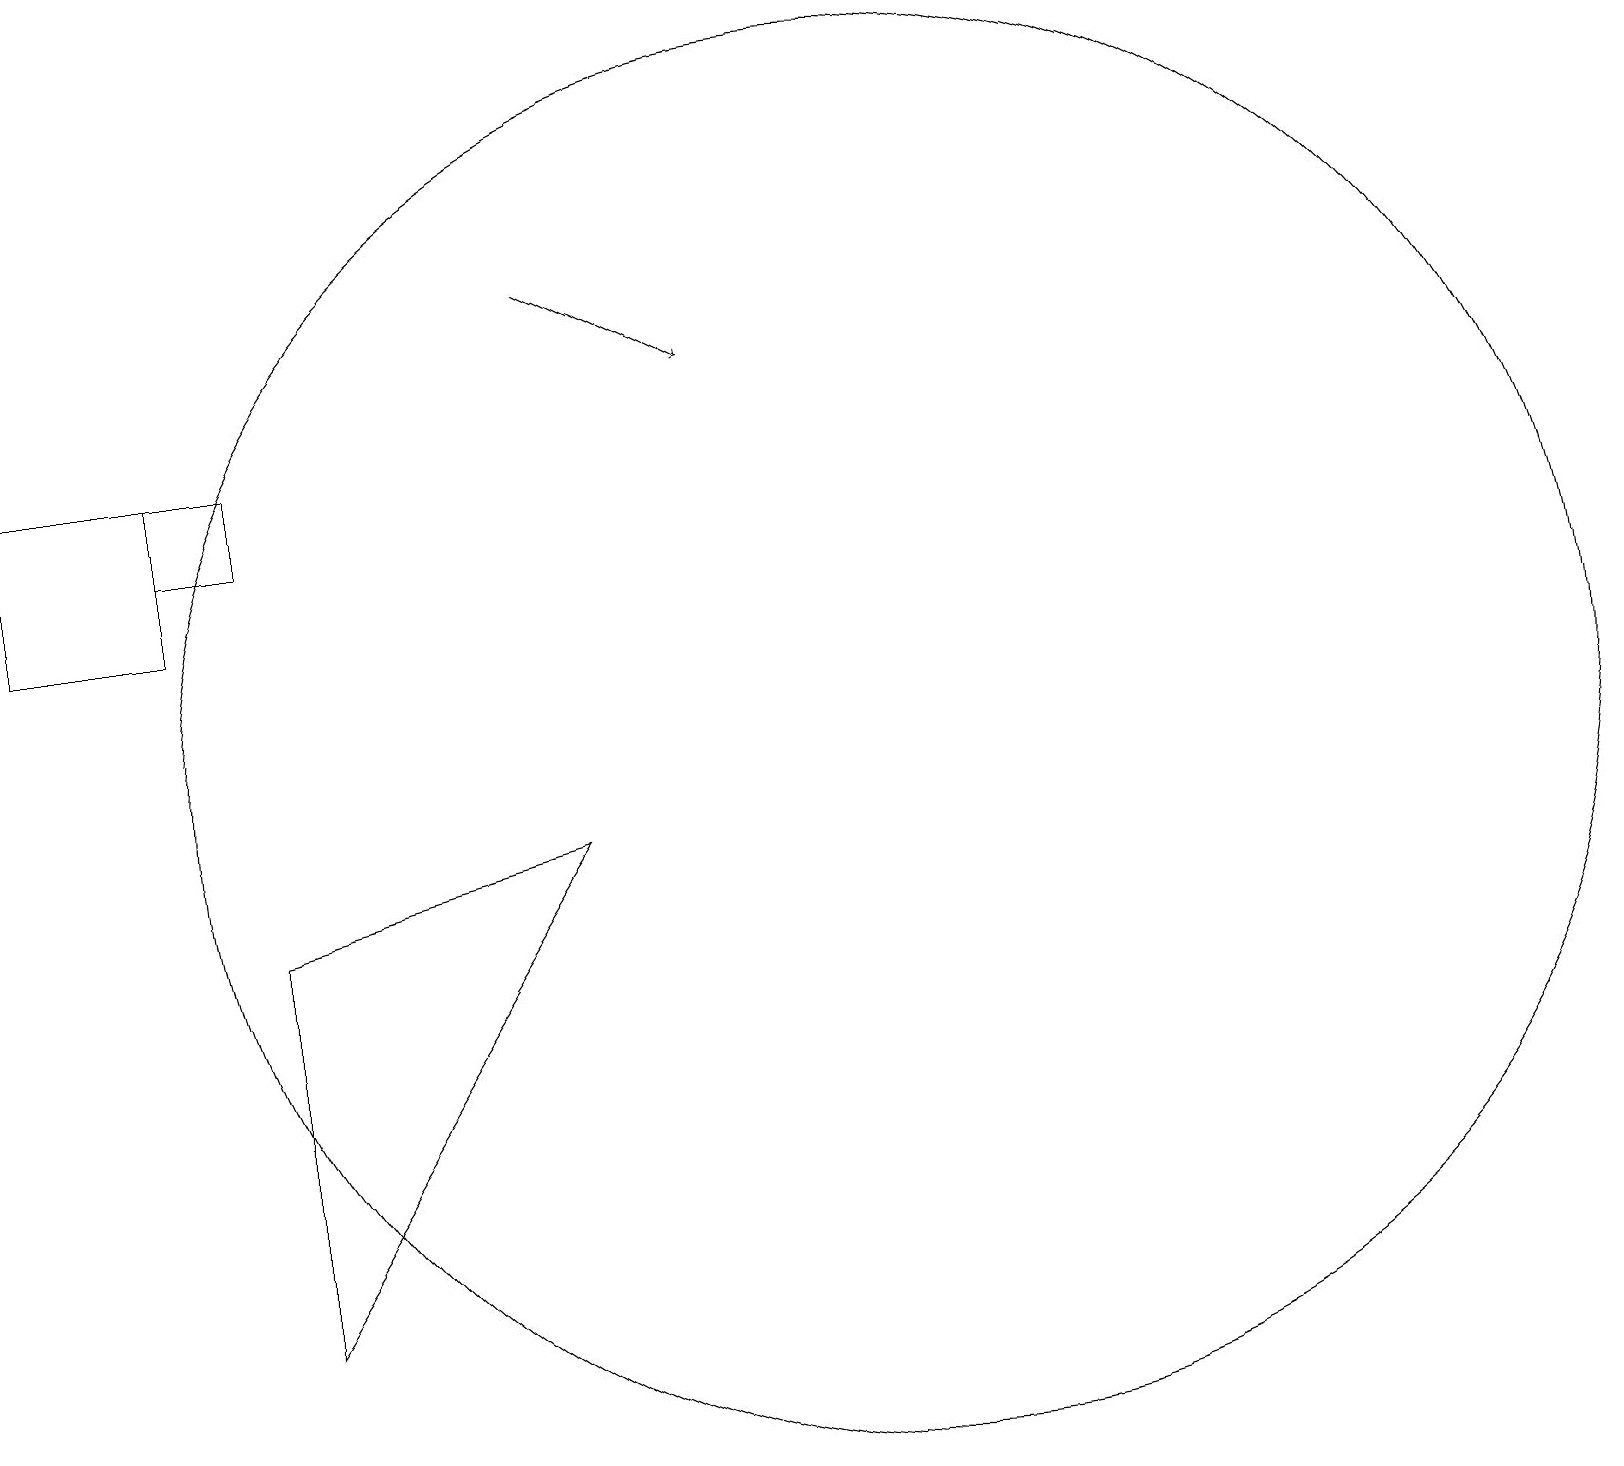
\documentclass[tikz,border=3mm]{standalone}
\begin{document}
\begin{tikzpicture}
\draw (3,3) -- (3,8) -- (7,9) -- cycle;
\draw[->] (7,16) -- (9,15);
\draw (11,10) circle (9);
\draw (2,14) rectangle (0,12);
\draw (3,14) rectangle (2,13);
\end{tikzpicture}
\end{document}